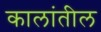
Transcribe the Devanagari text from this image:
कालांतील